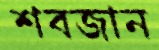
শবজান